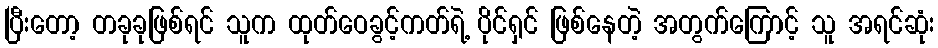
ပြီးတော့ တခုခုဖြစ်ရင် သူက ထုတ်ဝေခွင့်ကတ်ရဲ့ ပိုင်ရှင် ဖြစ်နေတဲ့ အတွက်ကြောင့် သူ အရင်ဆုံး